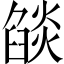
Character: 燄